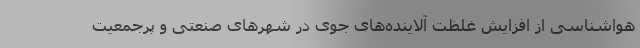
هواشناسی از افزایش غلظت آلاینده‌های جوی در شهرهای صنعتی و پرجمعیت